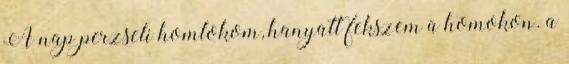
A nap perzseli homlokom, hanyatt fekszem a homokon. a